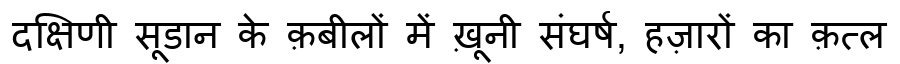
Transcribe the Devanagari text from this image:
दक्षिणी सूडान के क़बीलों में ख़ूनी संघर्ष, हज़ारों का क़त्ल